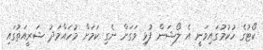
ކޯޓުގެ ހުކުމުގައިވަނީ އެ ލޯޝަން ފުޅި ވަގަށް ނެގި ކަމަށް މުހައްމަދު ޝަރީއަތުގައި